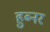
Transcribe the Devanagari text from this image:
हुब्नर